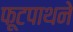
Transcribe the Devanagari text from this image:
फूटपाथने